Plague in India, 1896, 1897 - Volume 1
Year: 1896
Disease focus: Plague
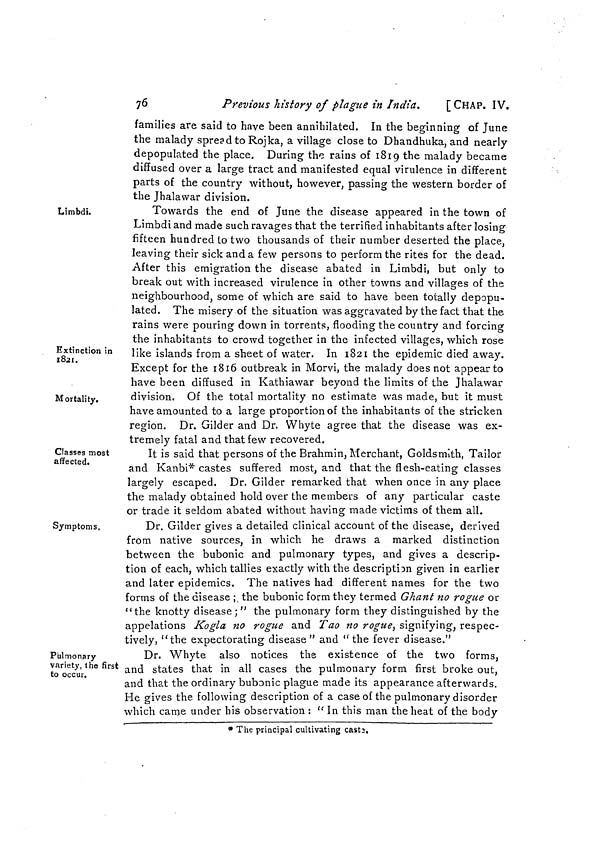
76
Previous history of plague in India.
[ CHAP. IV.
families are said to have been annihilated. In the beginning of June
the malady spread to Rojka, a village close to Dhandhuka, and nearly
depopulated the place. During the rains of 1819 the malady became
diffused over a large tract and manifested equal virulence in different
parts of the country without, however, passing the western border of
the Jhalawar division.
Limbdi.
Extinction in
1821.
Mortality.
Towards the end of June the disease appeared in the town of
Limbdi and made such ravages that the terrified inhabitants after losing
fifteen hundred to two thousands of their number deserted the place,
leaving their sick and a few persons to perform the rites for the dead.
After this emigration the disease abated in Limbdi, but only to
break out with increased virulence in other towns and villages of the
neighbourhood, some of which are said to have been totally depopu-
lated. The misery of the situation was aggravated by the fact that the
rains were pouring down in torrents, flooding the country and forcing
the inhabitants to crowd together in the infected villages, which rose
like islands from a sheet of water. In 1821 the epidemic died away.
Except for the 1816 outbreak in Morvi, the malady does not appear to
have been diffused in Kathiawar beyond the limits of the Jhalawar
division. Of the total mortality no estimate was made, but it must
have amounted to a large proportion of the inhabitants of the stricken
region. Dr. Gilder and Dr. Whyte agree that the disease was ex-
tremely fatal and that few recovered.
Classes most
affected.
It is said that persons of the Brahmin, Merchant, Goldsmith, Tailor
and Kanbi* castes suffered most, and that the flesh-eating classes
largely escaped. Dr. Gilder remarked that when once in any place
the malady obtained hold over the members of any particular caste
or trade it seldom abated without having made victims of them all.
Symptoms.
Dr. Gilder gives a detailed clinical account of the disease, derived
from native sources, in which he draws a marked distinction
between the bubonic and pulmonary types, and gives a descrip-
tion of each, which tallies exactly with the description given in earlier
and later epidemics. The natives had different names for the two
forms of the disease ;. the bubonic form they termed Ghant no rogue or
"the knotty disease ; " the pulmonary form they distinguished by the
appelations Kogla no rogue and Tao no rogue, signifying, respec-
tively, "the expectorating disease" and "the fever disease."
Pulmonary
variety, the first
to occur.
Dr. Whyte also notices the existence of the two forms,
and states that in all cases the pulmonary form first broke out,
and that the ordinary bubonic plague made its appearance afterwards.
He gives the following description of a case of the pulmonary disorder
which came under his observation : " In this man the heat of the body
* The principal cultivating caste.